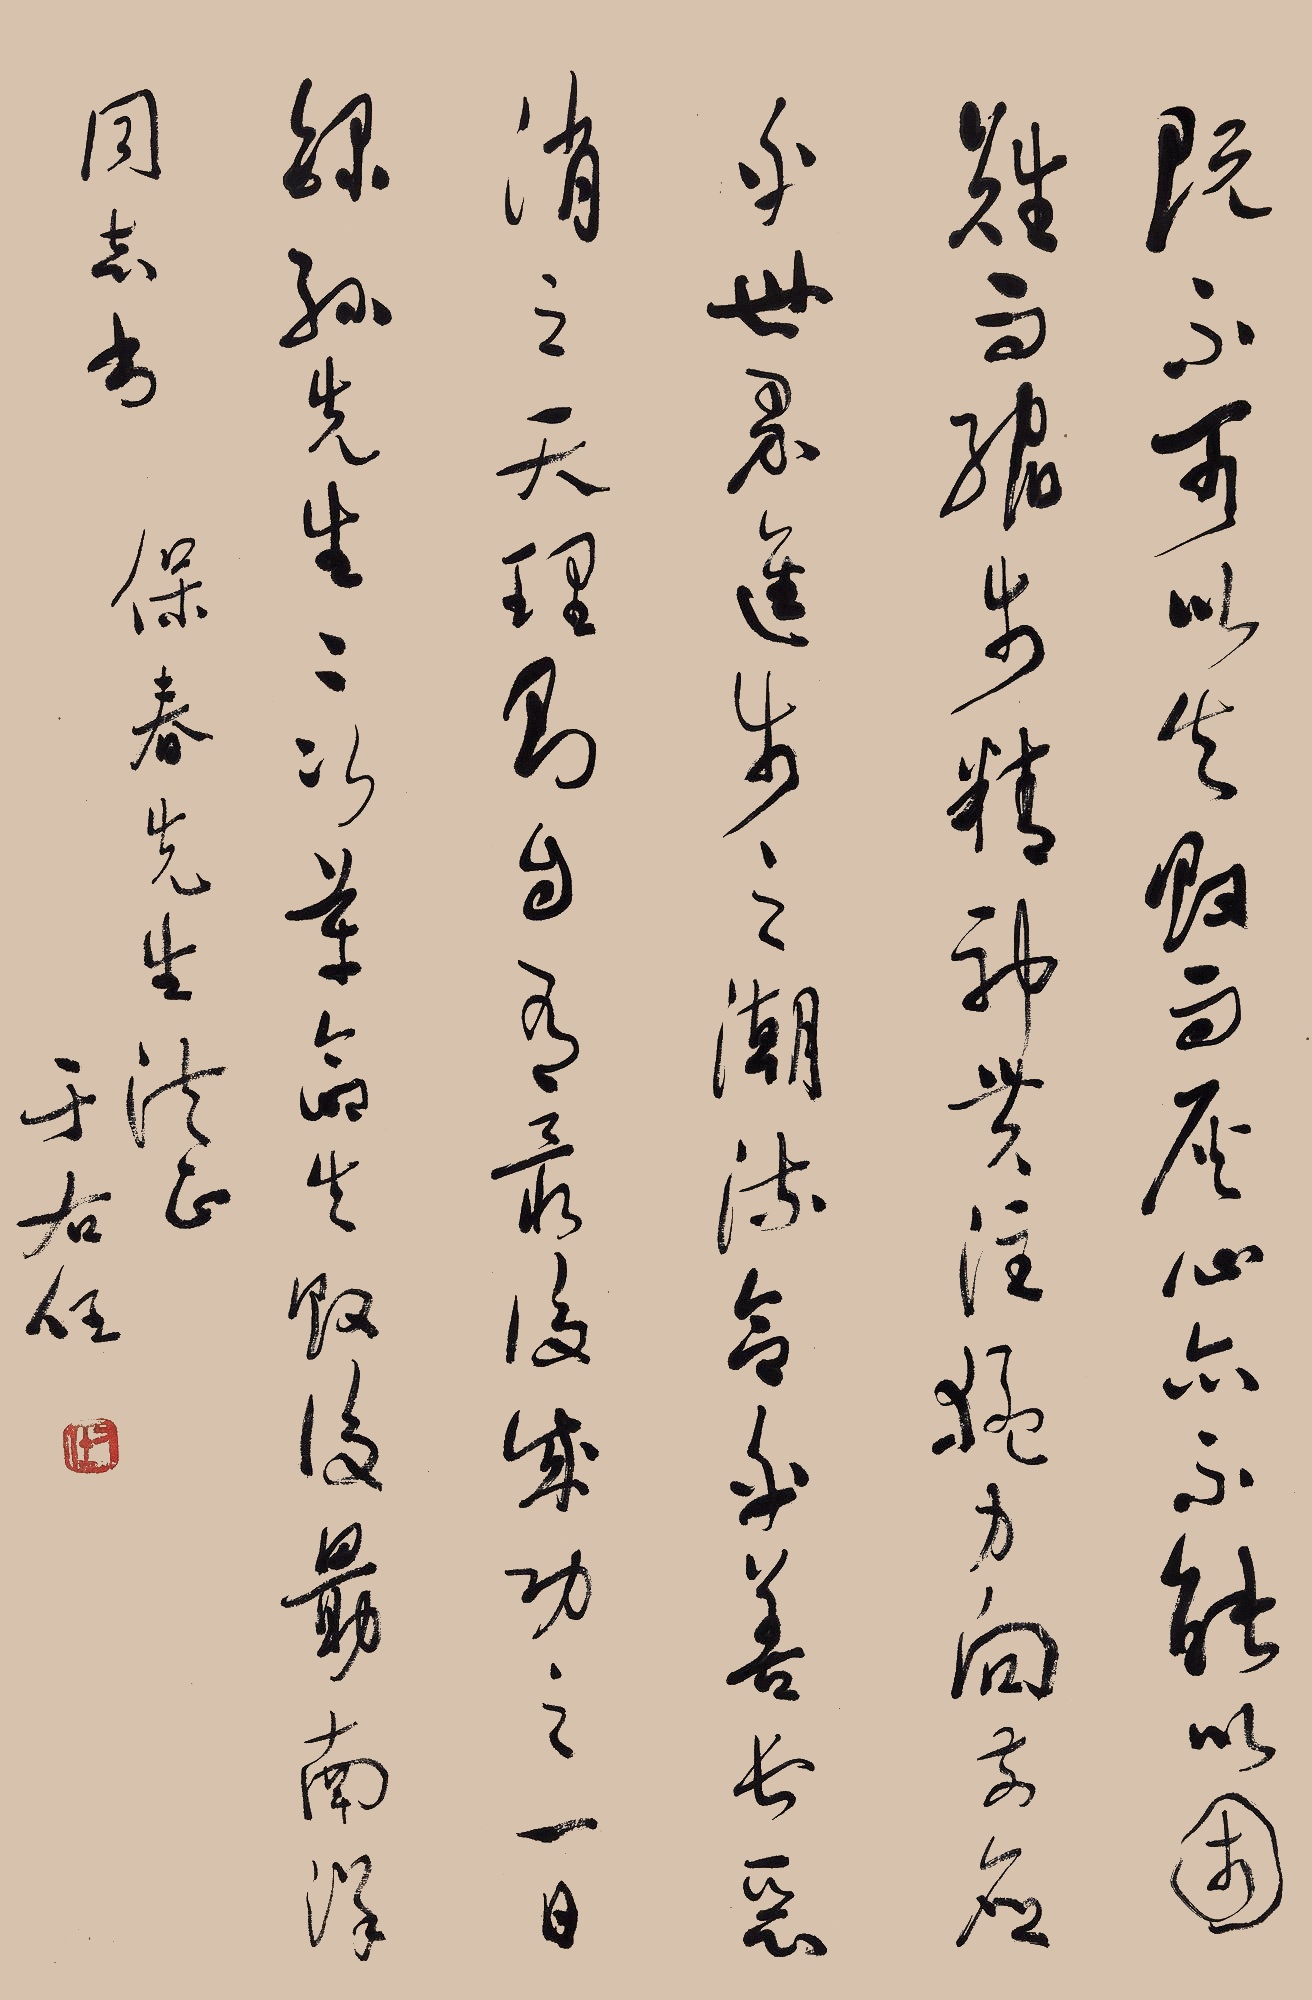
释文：既不可以失败而灰心，亦不能以困难而缩步，精神贯注，猛力向前。应乎世界发展之潮流，合乎善长恶消之天理。则终有最后成功之一日。录孙先生二次革命失败后勖南洋同志书。保春先生法正。于右任。